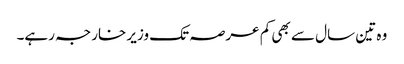
وہ تین سال سے بھی کم عرصہ تک وزیر خارجہ رہے۔